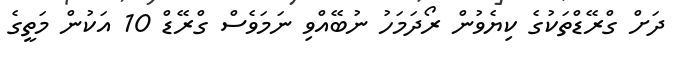
ދަށް ގްރޭޑްތަކުގެ ކިޔެވުން ރޯދަމަހު ނުބޭއްވި ނަމަވެސް ގްރޭޑް 10 އަކުން މަތީގެ